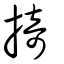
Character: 掎